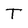
Character: T